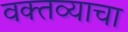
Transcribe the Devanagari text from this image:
वक्तव्याचा